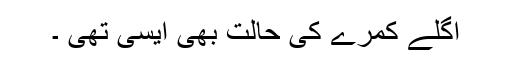
اگلے کمرے کی حالت بھی ایسی تھی ۔